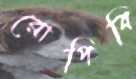
রোপিবি